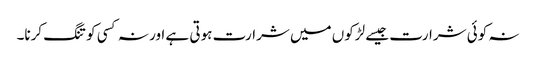
نہ کوئی شرارت جیسے لڑکوں میں شرارت ہوتی ہے اور نہ کسی کو تنگ کرنا۔